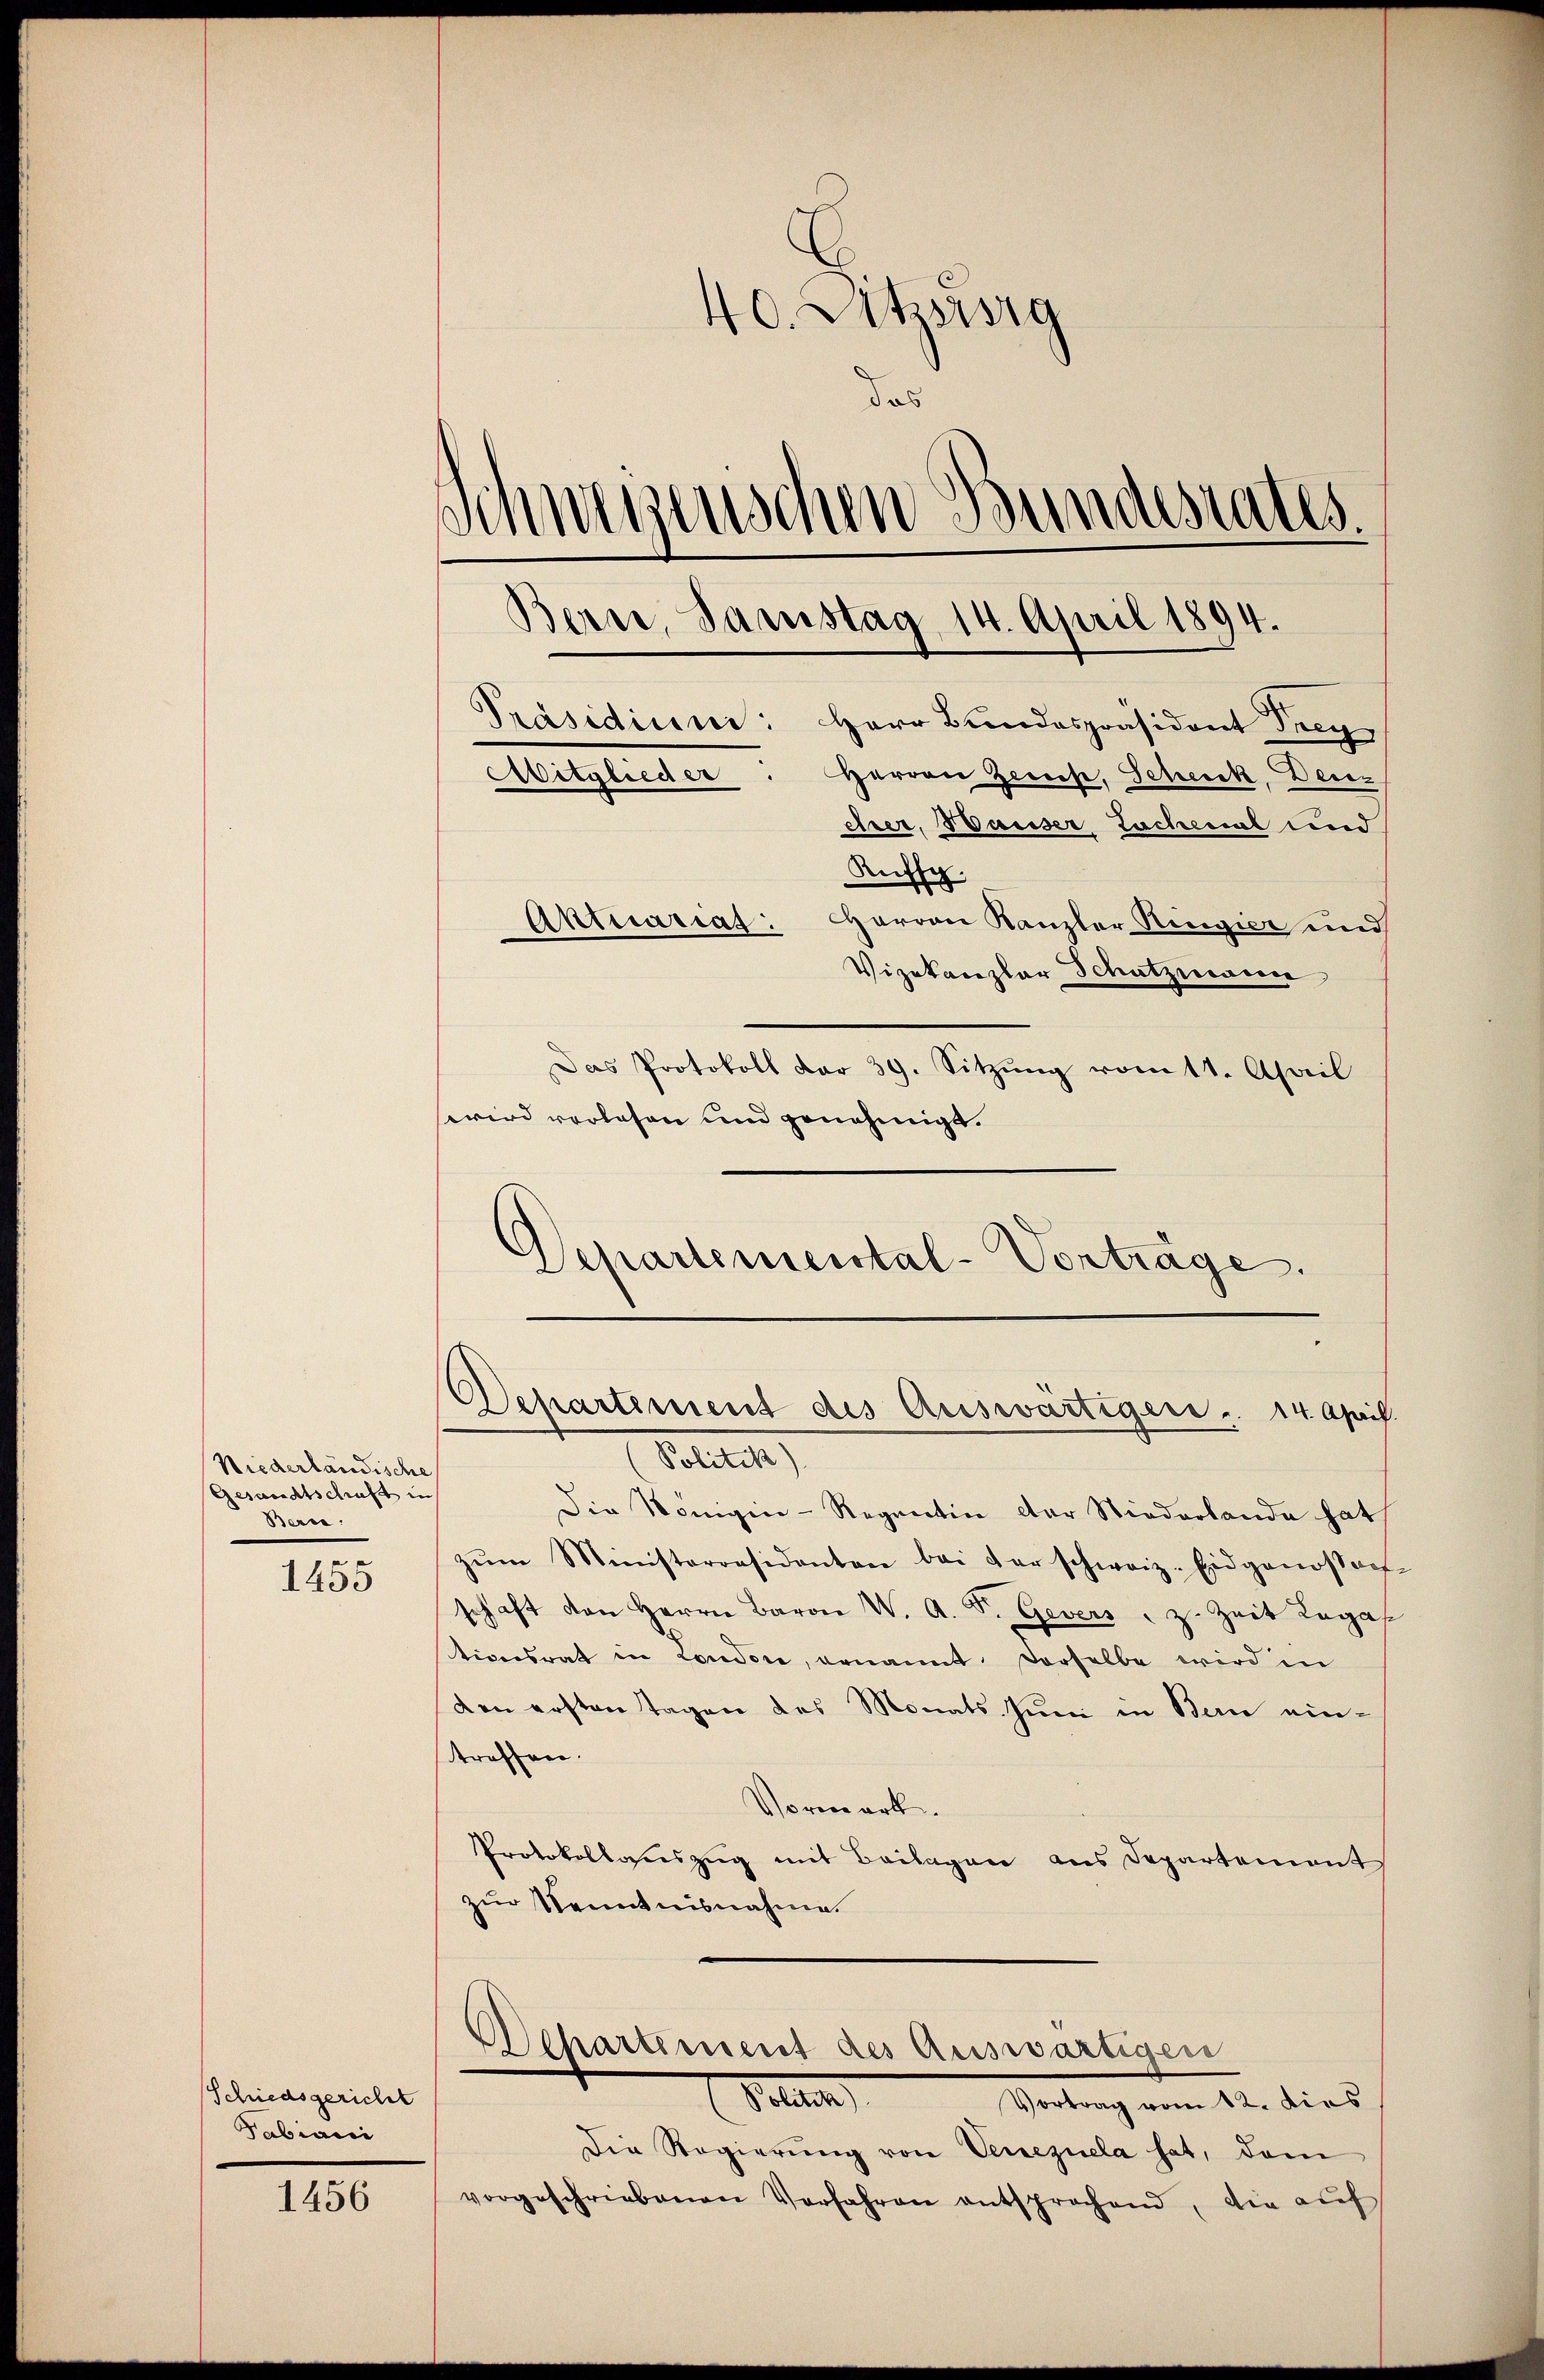
Niederländische
Gesandtschaft in
Berne

.
1400

Schiedsgericht
Fabiani

1456

40. Octzssig
das
Schwegenschen Bundesrates.
Bern, Samstag 14. April 1894.
Präsidium: Herr Bundespräsident Frey,
Herren Gerich, Scheck, Denz
Witglieder
eirer, Wasser Lachenal und
Rufsp
Herren Kanzler Regier und
Aktuarias:
Vizekanzlar Schutzmann

Das Protokoll dar 39. Sitzŭng vom 11. April

Departemental-Vorträge.

Departement des Auswärtiger . 14 April.
Sollte

wird verlesen und genehmigt.
Die Königin-Regentin der Niederlande hat
zŭm Ministerräsidenten bei der schweiz. Eidgenossauf-
schaft den Herrn Baron W. A. S. Gevers, z. Zeit Lega
tionsrat in Londone, genannt derselbe wird in
den ersten Tagen des Monats Juni in Bern eintroffen.
Vormerk
Protokollateszug mit Beilagen aus Departement
zur Kenntnisnahme.
Departement des Auswärtigen
Tellen
Veitung am 22. dies
Die Regierŭng von Venezuela hat, dem
vorgeschriebenen Verfahren entsprochend, die auf